Indian journal of veterinary science and animal husbandry - Volume 10,
Year: 1940
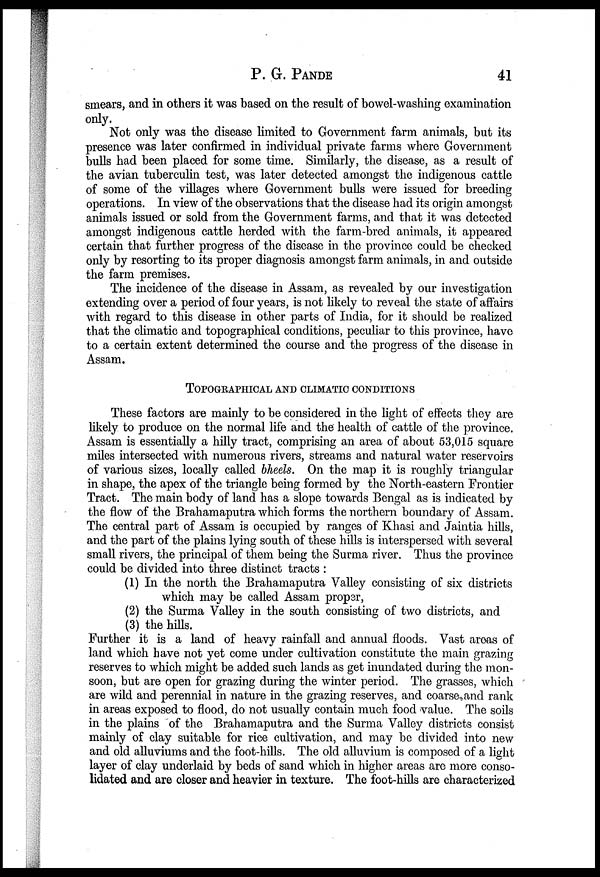
P. G.
PANDE
41
smears, and in others it was based on the result of bowel-washing examination
only.
Not only was the disease limited to Government farm animals, but its
presence was later confirmed in individual private farms where Government
bulls had been placed for some time. Similarly, the disease, as a result of
the avian tuberculin test, was later detected amongst the indigenous cattle
of some of the villages where Government bulls were issued for breeding
operations. In view of the observations that the disease had its origin amongst
animals issued or sold from the Government farms, and that it was detected
amongst indigenous cattle herded with the farm-bred animals, it appeared
certain that further progress of the disease in the province could be checked
only by resorting to its proper diagnosis amongst farm animals, in and outside
the farm premises.
The incidence of the disease in Assam, as revealed by our investigation
extending over a period of four years, is not likely to reveal the state of affairs
with regard to this disease in other parts of India, for it should be realized
that the climatic and topographical conditions, peculiar to this province, have
to a certain extent determined the course and the progress of the disease in
Assam.
TOPOGRAPHICAL AND CLIMATIC CONDITIONS
These factors are mainly to be considered in the light of effects they are
likely to produce on the normal life and the health of cattle of the province.
Assam is essentially a hilly tract, comprising an area of about 53,015 square
miles intersected with numerous rivers, streams and natural water reservoirs
of various sizes, locally called bheels. On the map it is roughly triangular
in shape, the apex of the triangle being formed by the North-eastern Frontier
Tract. The main body of land has a slope towards Bengal as is indicated by
the flow of the Brahamaputra which forms the northern boundary of Assam.
The central part of Assam is occupied by ranges of Khasi and Jaintia hills,
and the part of the plains lying south of these hills is interspersed with several
small rivers, the principal of them being the Surma river. Thus the province
could be divided into three distinct tracts :
(1) In the north the Brahamaputra Valley consisting of six districts
which may be called Assam proper,
(2) the Surma Valley in the south consisting of two districts, and
(3) the hills.
Further it is a land of heavy rainfall and annual floods. Vast areas of
land which have not yet come under cultivation constitute the main grazing
reserves to which might be added such lands as get inundated during the mon-
soon, but are open for grazing during the winter period. The grasses, which
are wild and perennial in nature in the grazing reserves, and coarse and rank
in areas exposed to flood, do not usually contain much food value. The soils
in the plains of the Brahamaputra and the Surma Valley districts consist
mainly of clay suitable for rice cultivation, and may be divided into new
and old alluviums and the foot-hills. The old alluvium is composed of a light
layer of clay underlaid by beds of sand which in higher areas are more conso-
lidated and are closer and heavier in texture. The foot-hills are characterized